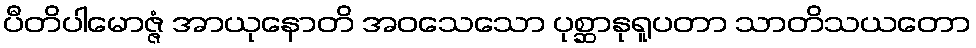
ပီတိပါမောဇ္ဇံ အာယုနောတိ အဝသေသော ပုစ္ဆာနုရူပတာ သာတိသယတော